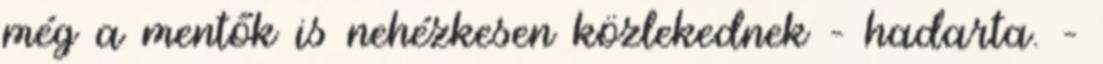
még a mentők is nehézkesen közlekednek – hadarta. –